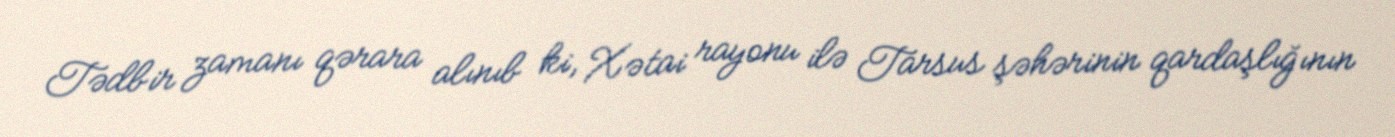
Tədbir zamanı qərara alınıb ki, Xətai rayonu ilə Tarsus şəhərinin qardaşlığının